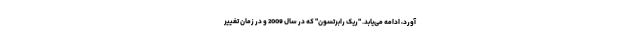
آورد، ادامه می‌یابد. "ریک رابرتسون" که در سال 2009 و در زمان تغییر